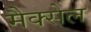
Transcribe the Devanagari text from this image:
मैक्सेल